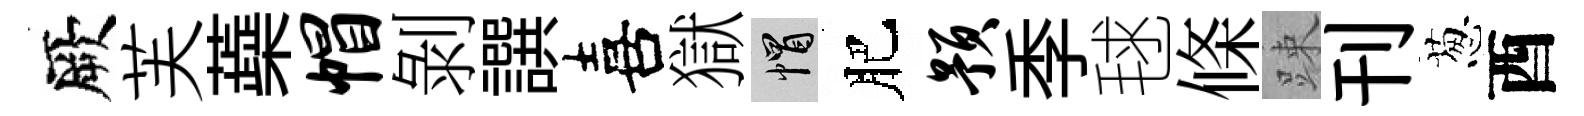
厥芙蘃帽剝譔喜獄帽肥预季毬條踈刊葱酉